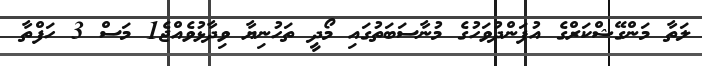
ލަތާ މަންގޭޝްކަރްގެ އުފަންދުވަހުގެ މުނާސަބަތުގައި މޯދީ ތަހުނިޔާ ވިދާޅުވެއްޖެ1 މަސް 3 ހަފްތާ